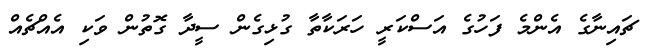
ޗައިނާގެ އެންމެ ފަހުގެ އަސްކަރީ ހަރަކާތާ ގުޅިގެން ސީދާ ގޮތުން ވަކި އެއްޗެއް